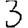
Digit: 3